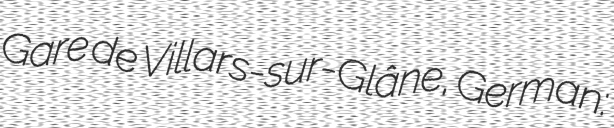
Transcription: Gare de Villars-sur-Glâne, German: